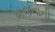
ભજનોની